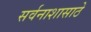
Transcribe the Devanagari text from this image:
सर्वनाशासाठे